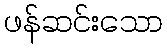
ဖန်ဆင်းသော